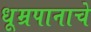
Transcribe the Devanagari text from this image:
धूम्रपानाचे